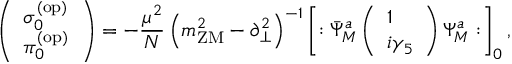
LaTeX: \left( \begin{array} { l } { { \sigma _ { 0 } ^ { ( \mathrm { o p ) } } } } \\ { { \pi _ { 0 } ^ { ( \mathrm { o p ) } } } } \end{array} \right) = - { \frac { \mu ^ { 2 } } { N } } \left( m _ { \mathrm { Z M } } ^ { 2 } - \partial _ { \bot } ^ { 2 } \right) ^ { - 1 } \left[ : \bar { \Psi } _ { M } ^ { a } \left( \begin{array} { l } { { 1 } } \\ { { i \gamma _ { 5 } } } \end{array} \right) \Psi _ { M } ^ { a } : \right] _ { 0 } ,